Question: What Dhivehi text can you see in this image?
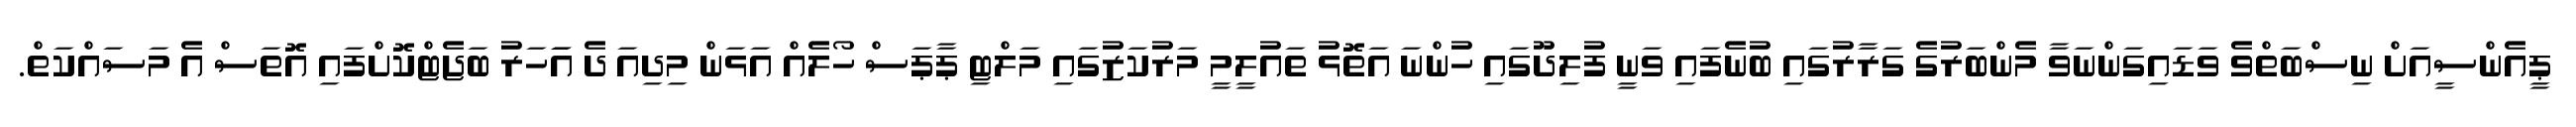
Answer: ޕީއެންސީއަށް ނިސްބަތްވެ ވަޑައިގަންނަވާ މެންބަރުގެ ގަރާރުގައި ބުނެފައި ވަނީ ފުލިދޫގައި ހުންނަ އަތޮޅު ތައުލީމީ މަރުކަޒުގައި މަލްޓި ޕާޕަސް ހޯލެއް އަޅަން މިދިއަ ދެ އަަހަރު ބަޖެޓްކޮށްފައި އޮތަސް އެ މަސައްކަތް.